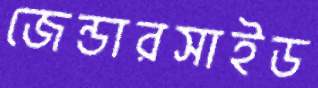
জেন্ডারসাইড